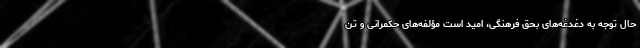
حال توجه به دغدغه‌های بحق فرهنگی، امید است مؤلفه‌های حکمرانی و تن